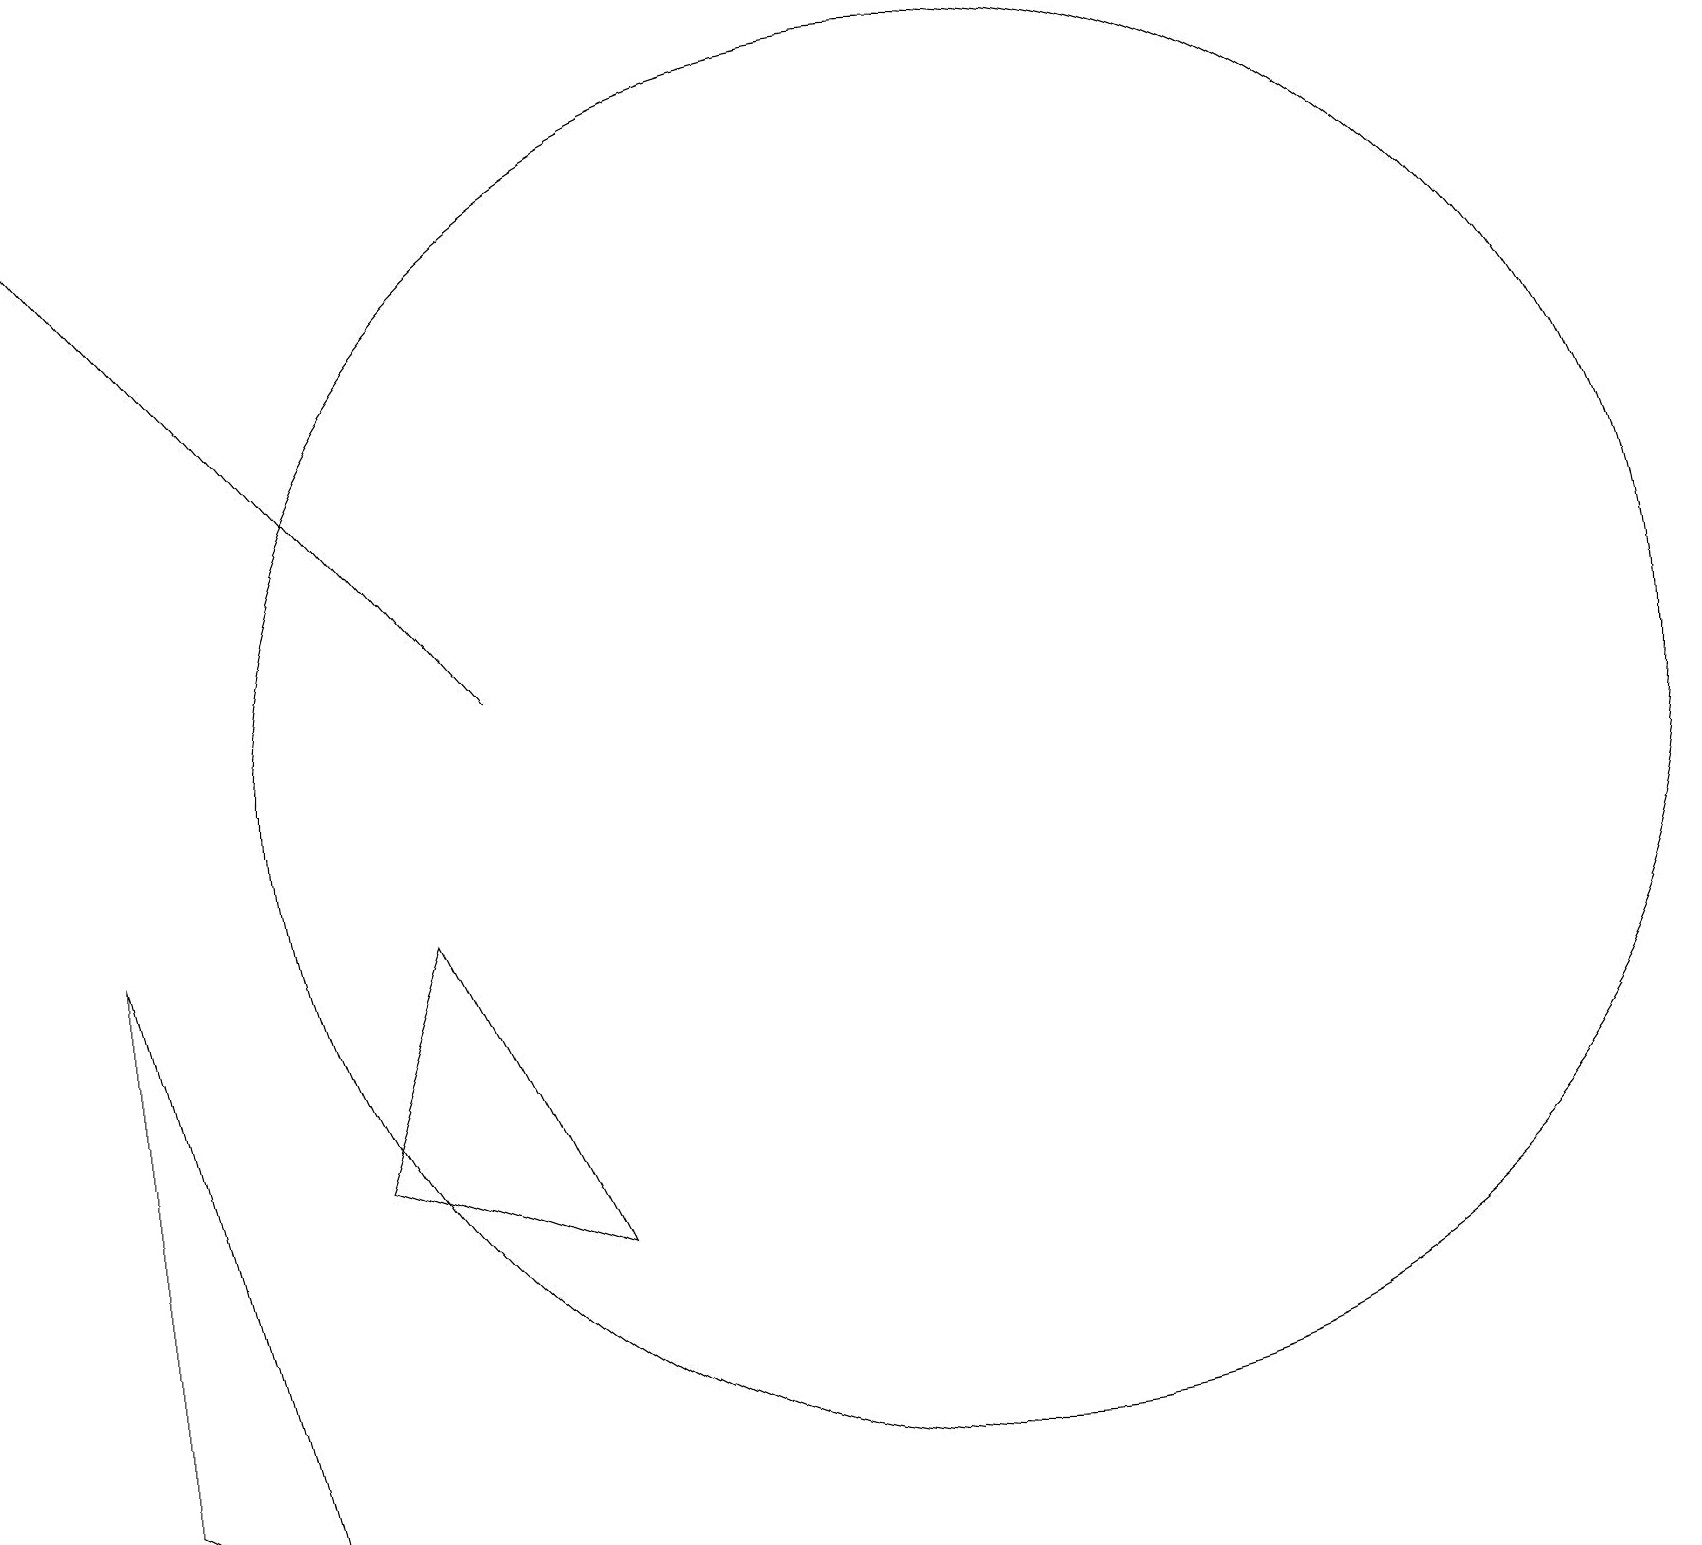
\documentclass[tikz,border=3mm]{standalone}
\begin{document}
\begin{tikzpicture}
\draw[->] (6,11) -- (0,18);
\draw (12,10) circle (9);
\draw (7,4) -- (4,5) -- (5,8) -- cycle;
\draw (3,0) -- (1,8) -- (1,1) -- cycle;
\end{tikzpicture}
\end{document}